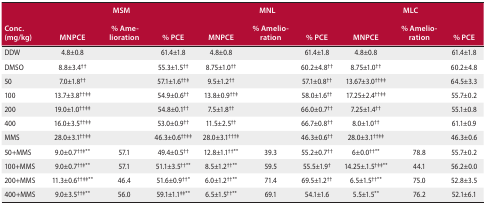
<table><thead><tr><td><b>Conc. (mg/kg)</b></td><td><b>MNPCE</b></td><td><b>MSM % Amelioration</b></td><td><b>% PCE</b></td><td><b>MNPCE</b></td><td><b>MNL % Amelioration</b></td><td><b>% PCE</b></td><td><b>MNPCE</b></td><td><b>MLC % Amelioration</b></td><td><b>% PCE</b></td></tr></thead><tbody><tr><td>DDW</td><td>4.8±0.8</td><td></td><td>61.4±1.8</td><td>4.8±0.8</td><td></td><td>61.4±1.8</td><td>4.8±0.8</td><td></td><td>61.4±1.8</td></tr><tr><td>DMSO</td><td>8.8±3.4<sup>††</sup></td><td></td><td>55.3±1.5<sup>††</sup></td><td>8.75±1.0<sup>††</sup></td><td></td><td>60.2±4.8<sup>††</sup></td><td>8.75±1.0<sup>††</sup></td><td></td><td>60.2±4.8</td></tr><tr><td>50</td><td>7.0±1.8<sup>††</sup></td><td></td><td>57.1±1.6<sup>††</sup><sup>‡</sup></td><td>9.5±1.2<sup>††</sup></td><td></td><td>57.1±0.8<sup>††</sup></td><td>13.67±3.0<sup>††</sup><sup>‡‡</sup></td><td></td><td>64.5±3.3</td></tr><tr><td>100</td><td>13.7±3.8<sup>††</sup><sup>‡‡</sup></td><td></td><td>54.9±0.6<sup>††</sup></td><td>13.8±0.9<sup>††</sup><sup>‡</sup></td><td></td><td>58.0±1.6<sup>††</sup></td><td>17.25±2.4<sup>††</sup><sup>‡‡</sup></td><td></td><td>55.7±0.2</td></tr><tr><td>200</td><td>19.0±1.0<sup>††</sup><sup>‡‡</sup></td><td></td><td>54.8±0.1<sup>††</sup></td><td>7.5±1.8<sup>††</sup></td><td></td><td>66.0±0.7<sup>††</sup></td><td>7.25±1.4<sup>††</sup></td><td></td><td>55.1±0.8</td></tr><tr><td>400</td><td>16.0±3.5<sup>††</sup><sup>‡‡</sup></td><td></td><td>53.0±0.9<sup>††</sup></td><td>11.5±2.5<sup>††</sup></td><td></td><td>66.7±0.8<sup>††</sup></td><td>8.0±1.0<sup>††</sup></td><td></td><td>61.1±0.9</td></tr><tr><td>MMS</td><td>28.0±3.1<sup>††</sup><sup>‡‡</sup></td><td></td><td>46.3±0.6<sup>††</sup><sup>‡‡</sup></td><td>28.0±3.1<sup>†††</sup><sup>‡</sup></td><td></td><td>46.3±0.6<sup>††</sup></td><td>28.0±3.1<sup>††</sup><sup>‡‡</sup></td><td></td><td>46.3±0.6</td></tr><tr><td>50+MMS</td><td>9.0±0.7<sup>††</sup><sup>‡</sup>**</td><td>57.1</td><td>49.4±0.5<sup>††</sup></td><td>12.8±1.1<sup>††</sup>**</td><td>39.3</td><td>55.2±0.7<sup>††</sup></td><td>6±0.0<sup>††</sup>**</td><td>78.8</td><td>55.7±0.2</td></tr><tr><td>100+MMS</td><td>9.0±0.7<sup>††</sup><sup>‡</sup>**</td><td>57.1</td><td>51.1±3.5<sup>††</sup>**</td><td>8.5±1.2<sup>††</sup>**</td><td>59.5</td><td>55.5±1.9<sup>†</sup></td><td>14.25±.1.5<sup>†</sup><sup>‡‡</sup>**</td><td>44.1</td><td>56.2±0.0</td></tr><tr><td>200+MMS</td><td>11.3±0.6<sup>††</sup><sup>‡‡</sup>**</td><td>46.4</td><td>51.6±0.9<sup>††</sup>*</td><td>6.0±1.2<sup>††</sup>**</td><td>71.4</td><td>69.5±1.2<sup>††</sup></td><td>6.5±1.5<sup>††</sup>**</td><td>75.0</td><td>52.8±3.5</td></tr><tr><td>400+MMS</td><td>9.0±3.5<sup>††</sup><sup>‡</sup>**</td><td>56.0</td><td>59.1±1.1<sup>†</sup><sup>‡</sup>**</td><td>6.5±1.5<sup>††</sup>**</td><td>69.1</td><td>54.1±1.6</td><td>5.5±1.5**</td><td>76.2</td><td>52.1±6.1</td></tr></tbody></table>